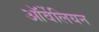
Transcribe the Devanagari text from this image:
ऑर्वेलियन